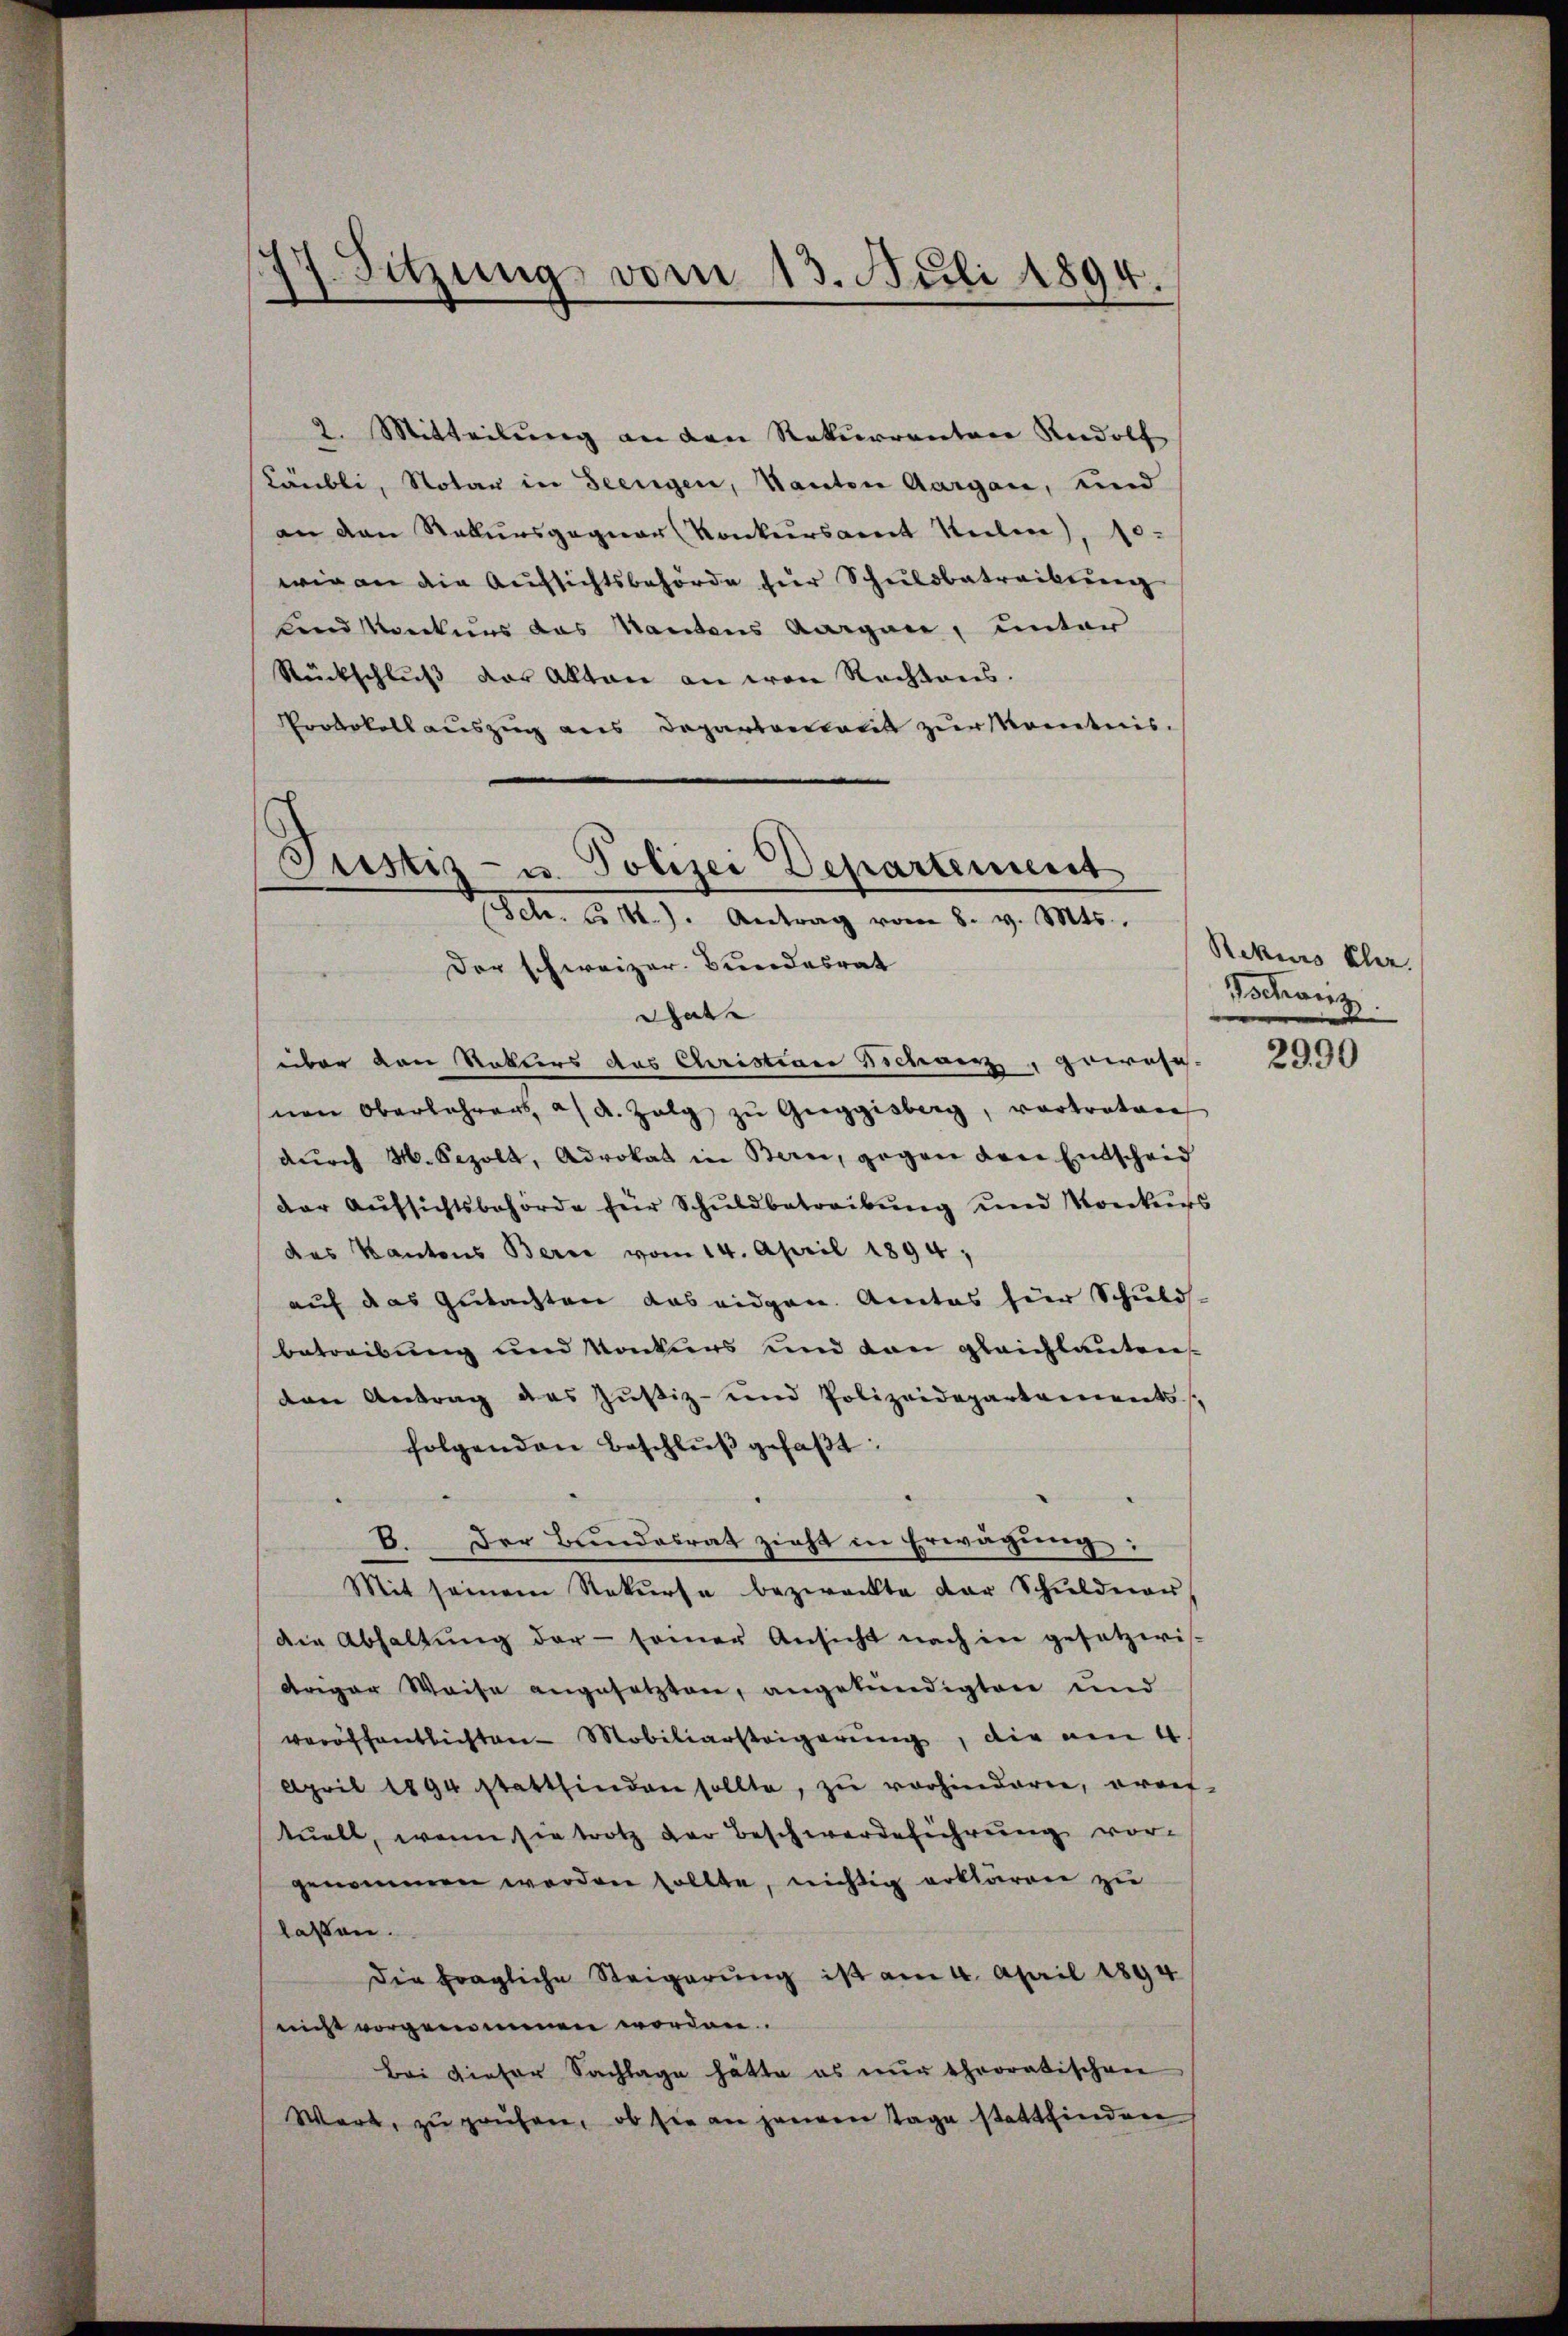
1. Sitzung vom 13. Juli 1894.

2. Mitteilung an den Rekurrenten Rudolf
Laubli, Notar in Seengen, Kanton Aargau, und
an den Rekursgegner Konkursamt Meilen), 10.
wir an die Aufsichtsbehörde für Schuldbetreibung
Lnd Konkurs das Nantens Aargau, unter
Rückschlŭβ vor Akten an von Rechtens.
Protokollauszug aus Departariatis zur Kenntnis.
Justiz- u. Polizei Departement

Sch. d. M.). Antrag vom 8. v. Mts.

Der schweizer. Bundesrat
That
über den Rotters das Christian Schanz, gewese
nen Oberlehrens, a. d. Zelg zŭ Gŭggisberg, vertreten
dŭrch M. Sezolt, Advokat in Bern, gegen den Entscheid
der Aufsichtsbehörde für Schuldbetreibung und Konkurs
das Kantons Berne vom 14. April 1894,
auf das Gutachten das eidgen. Amtes hier Schuld-
betreibung und Konkurs und dan gleichlauten
den Antrag des Justiz- und Polizeidepartements,
folgenden Beschlŭβ gefaßt:

B. Der Bundesrat zieht in Erwägung:
Mit seinem Rekurse bezweckte der Schŭldeau
die Abhaltŭng der - samer Ansicht nach in gesetzeris-
briger Weise angesetzten, angekündigten und
veröffentlichten Mobiliarsteigerung, die am 4
April 1894 stattfinden sollte, zu vorhinderen, oraf-
tuell, wenn sie trotz der Beschwerdeführung vor-
genommen worden sollte, nichtig erklären zu
laßen.
Die fragliche Steigerŭng ist am 4. April 1894
nicht vorgenommen worden.
Bei dieser Sachlage hätte es nur theoratischen
Wart, zu prüfen, ob sie an ganzen Tage stattfinden

Rekurs klar.
Tochanz.

2990